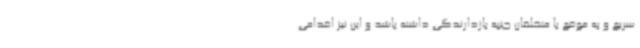
سریع و به موقع با متخلفان جنبه بازدارندگی داشته باشد و این نیز اقدامی